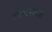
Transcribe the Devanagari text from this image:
वनखात्याला